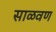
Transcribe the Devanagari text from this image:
साळवण